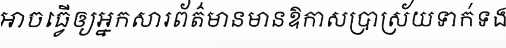
អាចធ្វើឲ្យអ្នកសារព័ត៌មានមានឱកាសប្រាស្រ័យទាក់ទង